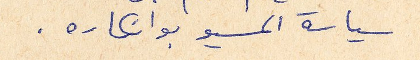
سياسة المسيو بوانكاره.